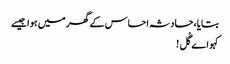
بتایا، حادثہ احساس کے گھر میں ہوا جیسے
کہو اے گُل !